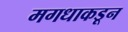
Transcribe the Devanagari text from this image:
मगधाकडून